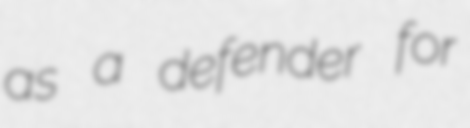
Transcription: as a defender for